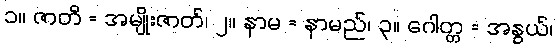
၁။ ဇာတိ = အမျိုးဇာတ်၊ ၂။ နာမ = နာမည်၊ ၃။ ဂေါတ္တ = အနွယ်၊